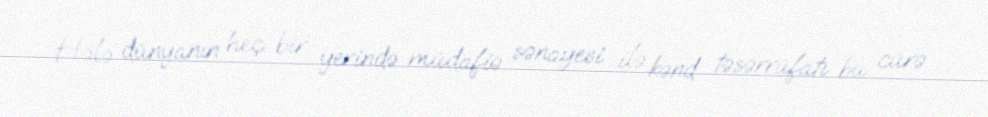
Hələ dünyanın heç bir yerində müdafiə sənayesi ilə kənd təsərrüfatı bu cürə